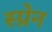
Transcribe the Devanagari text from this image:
स्प्रेन